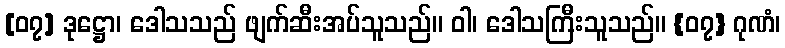
[၀၇] ဒုဋ္ဌော၊ ဒေါသသည် ဖျက်ဆီးအပ်သူသည်။ ဝါ၊ ဒေါသကြီးသူသည်။ {၀၇} ဂုဏံ၊